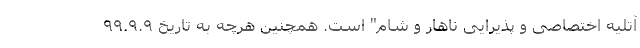
آتلیه اختصاصی و پذیرایی ناهار و شام" است. همچنین هرچه به تاریخ ۹۹.۹.۹